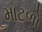
માટળો